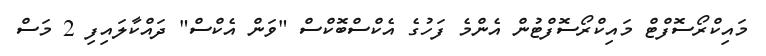
މައިކްރޯސޮފްޓް މައިކްރޯސޮފްޓުން އެންމެ ފަހުގެ އެކްސްބޮކްްސް "ވަން އެކްސް" ދައްކާލައިފި 2 މަސް